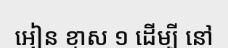
អៀន ខ្មាស ១ ដើម្បី នៅ